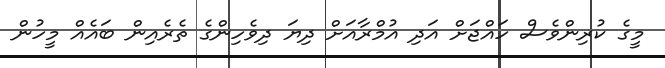
މީގެ ކުރިންވެސް ހައްޖަށް އަދި އުމްރާއަށް ދިޔަ ދިވެހިންގެ ތެރެއިން ބައެއް މީހުން